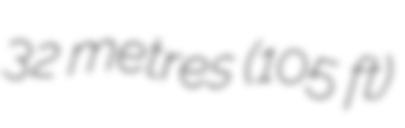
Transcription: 32 metres (105 ft)